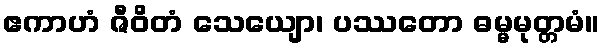
ဧကာဟံ ဇီဝိတံ သေယျော၊ ပဿတော ဓမ္မမုတ္တမံ။